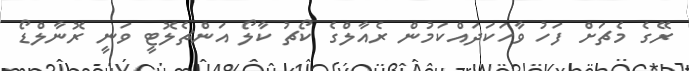
ރޭގެ މެޗަށް ފަހު ވާހަކަދައްކަމުން ރެއާލްގެ ކޯޗު ކާލޯ އަންޗެލޮޓީ ވަނީ ރޮނާލްޑޯ